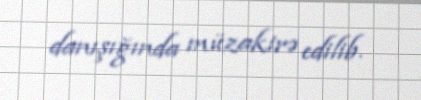
danışığında müzakirə edilib.